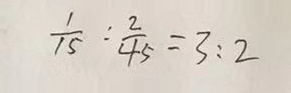
\frac { 1 } { 1 5 } : \frac { 2 } { 4 5 } = 3 : 2